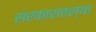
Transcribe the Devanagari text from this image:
सरकारातल्या